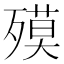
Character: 𣩎